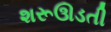
શરૂઊડતી